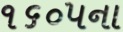
૧૬૦૫ના